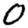
Digit: 0